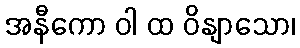
အနီကော ဝါ ထ ဝိနျာသော၊